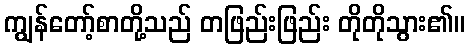
ကျွန်တော့်စာတို့သည် တဖြည်းဖြည်း တိုတိုသွား၏။